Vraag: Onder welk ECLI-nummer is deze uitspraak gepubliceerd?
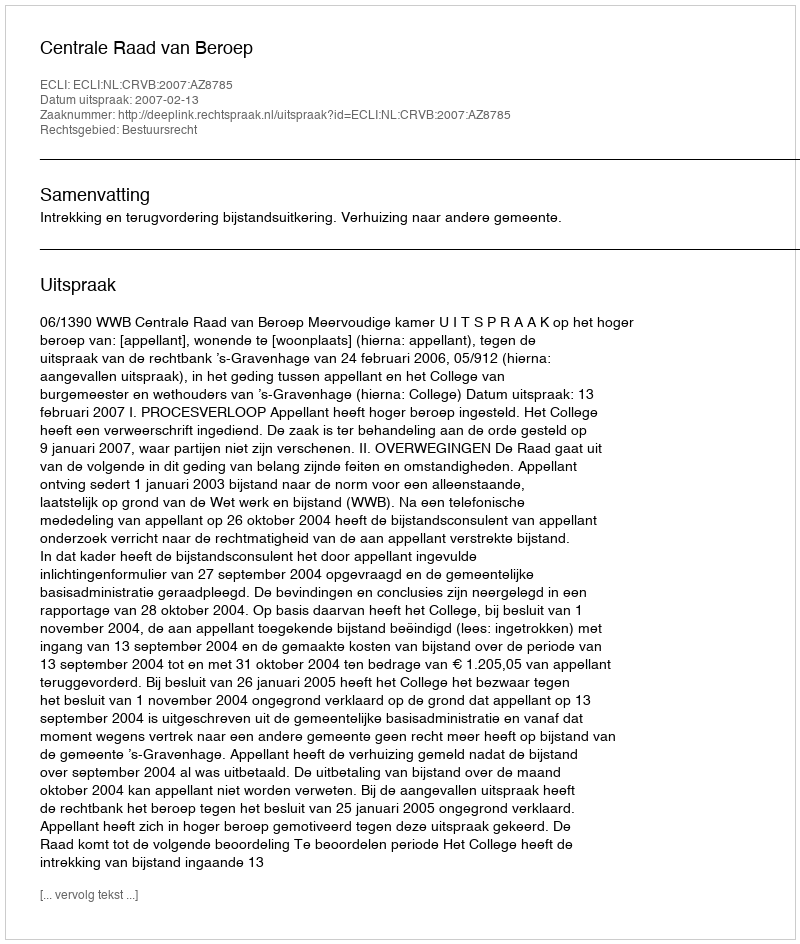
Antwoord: ECLI:NL:CRVB:2007:AZ8785